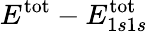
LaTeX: E^{\mathrm{tot}}-E_{1s1s}^{\mathrm{tot}}